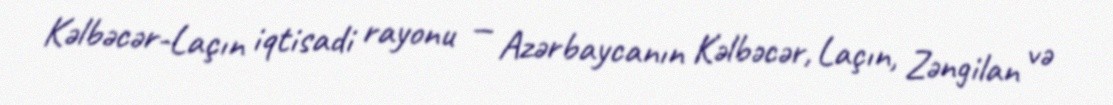
Kəlbəcər-Laçın iqtisadi rayonu — Azərbaycanın Kəlbəcər, Laçın, Zəngilan və